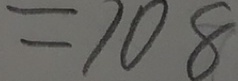
= 1 0 8